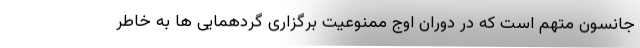
جانسون متهم است که در دوران اوج ممنوعیت برگزاری گردهمایی ها به خاطر